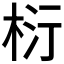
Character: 𭪂